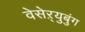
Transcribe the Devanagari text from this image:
वेसेऱ्युबुंग